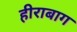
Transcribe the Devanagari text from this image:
हीराबाग